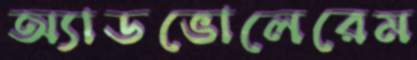
অ্যাডভোলেরেম